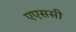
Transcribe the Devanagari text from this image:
एएससी